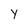
Character: y